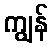
ကျွန်